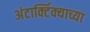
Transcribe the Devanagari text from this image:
अंटार्क्टिक्याच्या